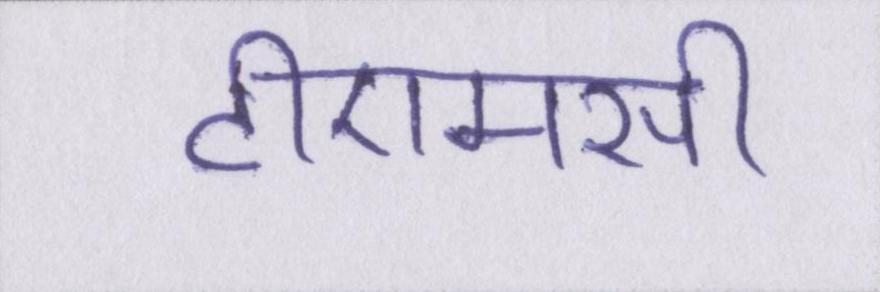
टीएमसी